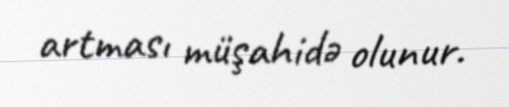
artması müşahidə olunur.